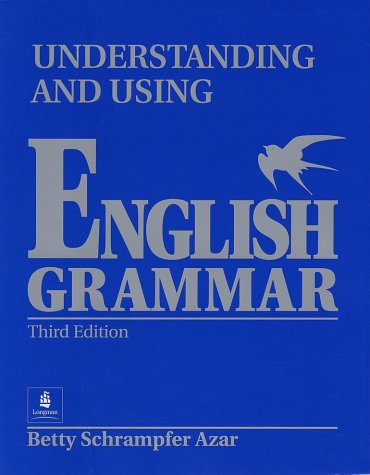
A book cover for Understanding and Using English Grammar (Third Edition) (Full Student Edition without Answer Key); Betty Schrampfer Azar; Politics & Social Sciences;